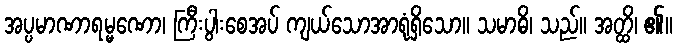
အပ္ပမာဏာရမ္မဏော၊ ကြီးပွါးစေအပ် ကျယ်သောအာရုံရှိသော။ သမာဓိ၊ သည်။ အတ္ထိ၊ ၏။